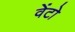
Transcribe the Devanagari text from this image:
वेंटो